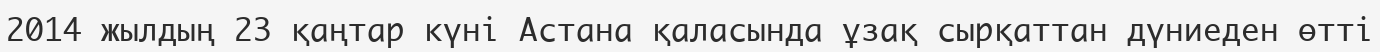
2014 жылдың 23 қаңтар күні Астана қаласында ұзақ сырқаттан дүниеден өтті